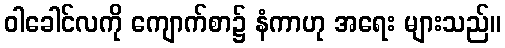
ဝါခေါင်လကို ကျောက်စာ၌ နံကာဟု အရေး များသည်။